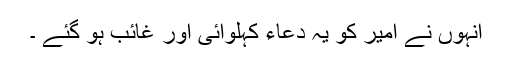
انہوں نے امیر کو یہ دعاء کہلوائی اور غائب ہو گئے ۔